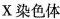
x染色体